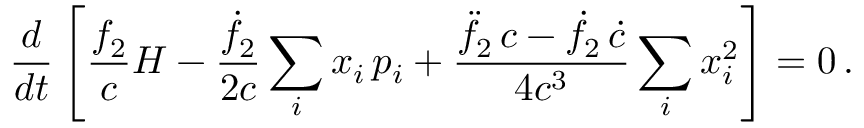
\frac { d } { d t } \left[ \frac { f _ { 2 } } { c } H - \frac { \dot { f } _ { 2 } } { 2 c } \sum _ { i } x _ { i } \, p _ { i } + \frac { \ddot { f } _ { 2 } \, c - \dot { f } _ { 2 } \, \dot { c } } { 4 c ^ { 3 } } \sum _ { i } x _ { i } ^ { 2 } \right] = 0 \, .